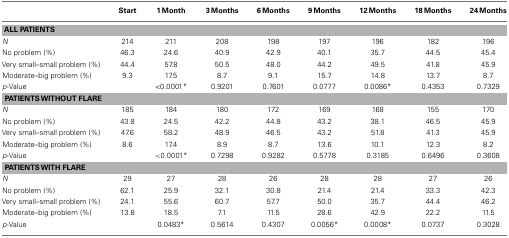
|  | Start | 1 Month | 3 Months | 6 Months | 9 Months | 12 Months | 18 Months | 24 Months |
 | --- | --- | --- | --- | --- | --- | --- | --- | --- |
 | <COLSPAN=9> ALL PATIENTS |
 | N | 214 | 211 | 208 | 198 | 197 | 196 | 182 | 196 |
 | No problem (%) | 46.3 | 24.6 | 40.9 | 42.9 | 40.1 | 35.7 | 44.5 | 45.4 |
 | Very small–small problem (%) | 44.4 | 57.8 | 50.5 | 48.0 | 44.2 | 49.5 | 41.8 | 45.9 |
 | Moderate–big problem (%) | 9.3 | 17.5 | 8.7 | 9.1 | 15.7 | 14.8 | 13.7 | 8.7 |
 | p-Value |  | <0.0001* | 0.9201 | 0.7601 | 0.0777 | 0.0086* | 0.4353 | 0.7329 |
 | <COLSPAN=9> PATIENTS WITHOUT FLARE |
 | N | 185 | 184 | 180 | 172 | 169 | 168 | 155 | 170 |
 | No problem (%) | 43.8 | 24.5 | 42.2 | 44.8 | 43.2 | 38.1 | 46.5 | 45.9 |
 | Very small–small problem (%) | 47.6 | 58.2 | 48.9 | 46.5 | 43.2 | 51.8 | 41.3 | 45.9 |
 | Moderate–big problem (%) | 8.6 | 17.4 | 8.9 | 8.7 | 13.6 | 10.1 | 12.3 | 8.2 |
 | p-Value |  | <0.0001* | 0.7298 | 0.9282 | 0.5778 | 0.3185 | 0.6496 | 0.3608 |
 | <COLSPAN=9> PATIENTS WITH FLARE |
 | N | 29 | 27 | 28 | 26 | 28 | 28 | 27 | 26 |
 | No problem (%) | 62.1 | 25.9 | 32.1 | 30.8 | 21.4 | 21.4 | 33.3 | 42.3 |
 | Very small–small problem (%) | 24.1 | 55.6 | 60.7 | 57.7 | 50.0 | 35.7 | 44.4 | 46.2 |
 | Moderate–big problem (%) | 13.8 | 18.5 | 7.1 | 11.5 | 28.6 | 42.9 | 22.2 | 11.5 |
 | p-Value |  | 0.0483* | 0.5614 | 0.4307 | 0.0056* | 0.0008* | 0.0737 | 0.3028 |